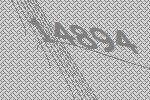
14894